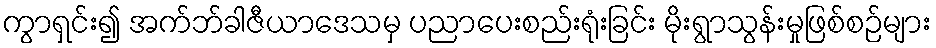
ကွာရှင်း၍ အက်ဘ်ခါဇီယာဒေသမှ ပညာပေးစည်းရုံးခြင်း မိုးရွာသွန်းမှုဖြစ်စဉ်များ